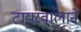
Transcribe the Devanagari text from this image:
टायरवालाने